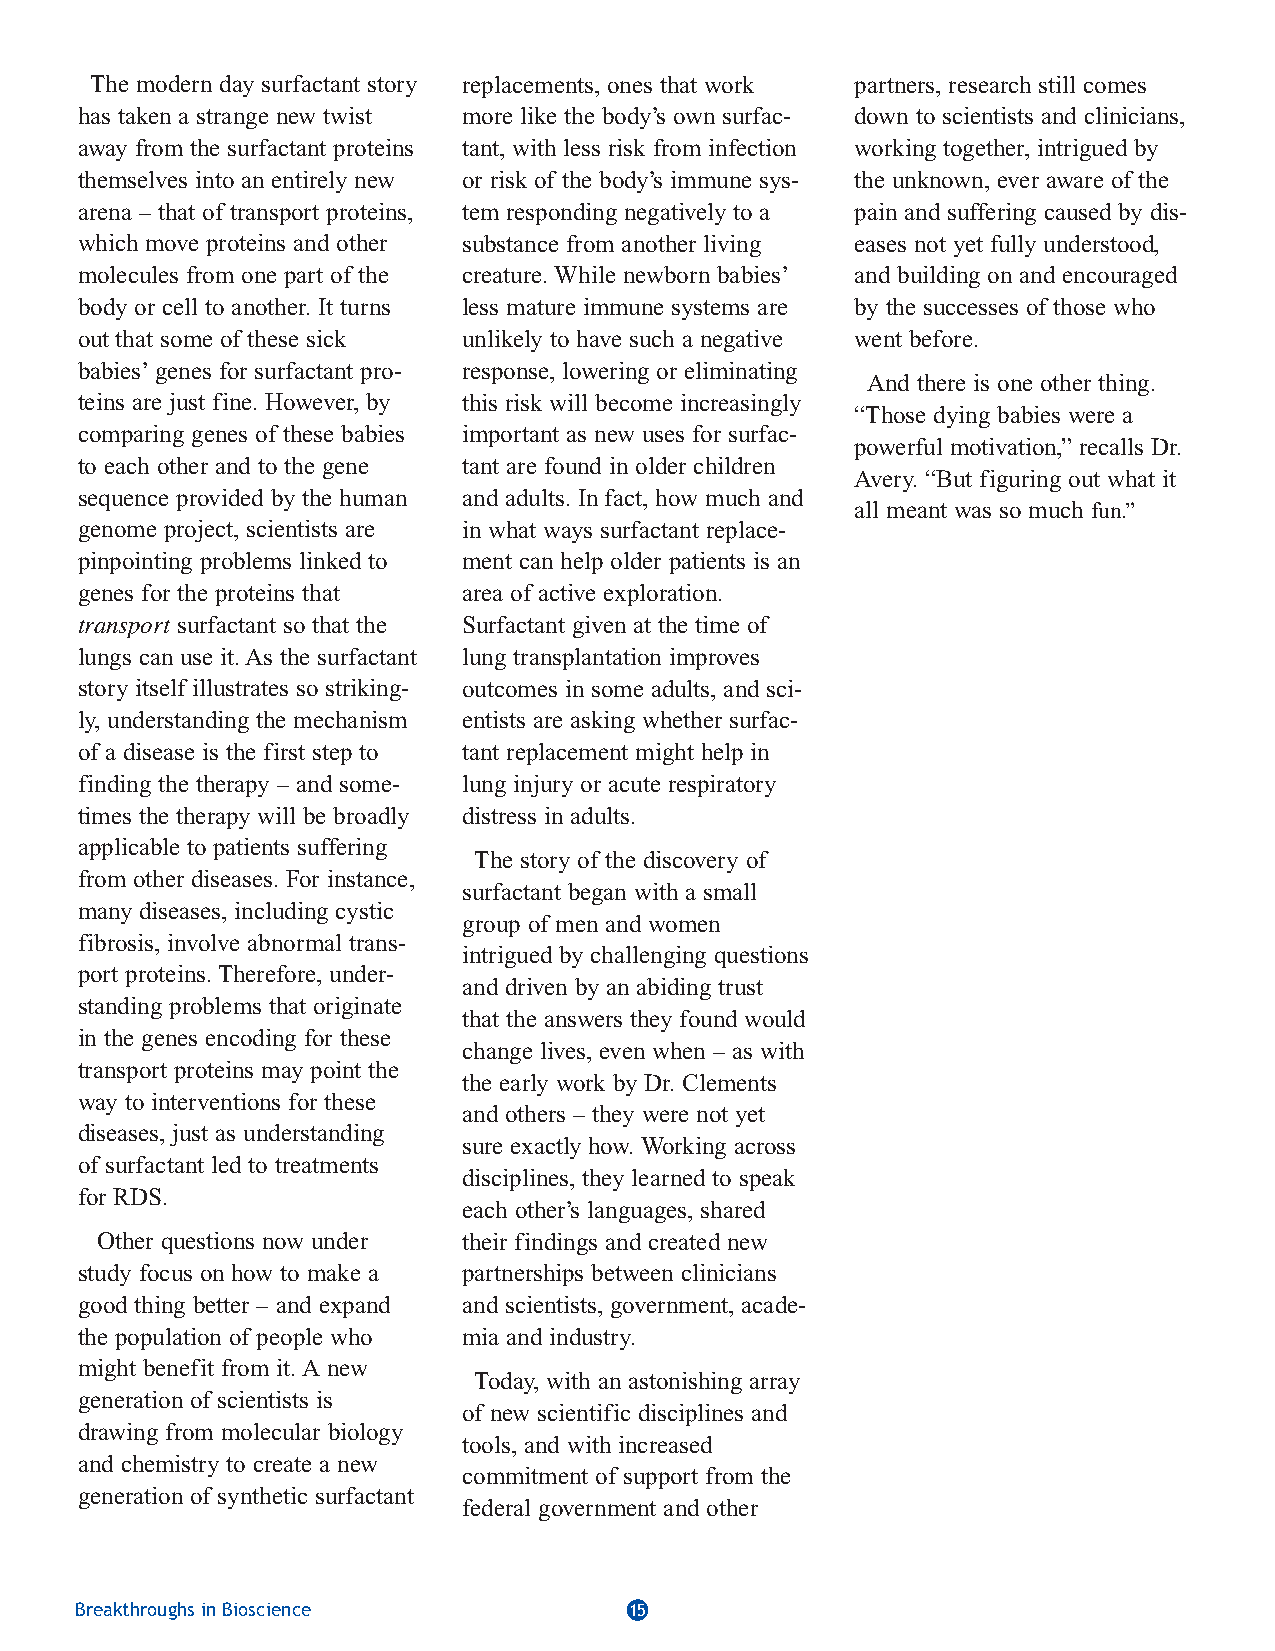
91296_FASEB 7/26/04 10:56 AM Page 15
 The modern day surfactant story replacements, ones that work partners, research still comes
 has taken a strange new twist more like the body’s own surfac- down to scientists and clinicians,
 away from the surfactant proteins tant, with less risk from infection working together, intrigued by
 themselves into an entirely new or risk of the body’s immune sys- the unknown, ever aware of the
 arena – that of transport proteins, tem responding negatively to a pain and suffering caused by dis-
 which move proteins and other substance from another living eases not yet fully understood,
 molecules from one part of the creature. While newborn babies’ and building on and encouraged
 body or cell to another. It turns less mature immune systems are by the successes of those who
 out that some of these sick unlikely to have such a negative went before.
 babies’genes for surfactant pro- response, lowering or eliminating
 And there is one other thing.
 teins are just fine. However, by this risk will become increasingly
 “Those dying babies were a
 comparing genes of these babies important as new uses for surfac-
 powerful motivation,” recalls Dr.
 to each other and to the gene tant are found in older children
 Avery. “But figuring out what it
 sequence provided by the human and adults. In fact, how much and
 all meant was so much fun.”
 genome project, scientists are in what ways surfactant replace-
 pinpointing problems linked to ment can help older patients is an
 genes for the proteins that area of active exploration.
 transport surfactant so that the Surfactant given at the time of
 lungs can use it. As the surfactant lung transplantation improves
 story itself illustrates so striking- outcomes in some adults, and sci-
 ly, understanding the mechanism entists are asking whether surfac-
 of a disease is the first step to tant replacement might help in
 finding the therapy – and some- lung injury or acute respiratory
 times the therapy will be broadly distress in adults.
 applicable to patients suffering
 The story of the discovery of
 from other diseases. For instance,
 surfactant began with a small
 many diseases, including cystic
 group of men and women
 fibrosis, involve abnormal trans-
 intrigued by challenging questions
 port proteins. Therefore, under-
 and driven by an abiding trust
 standing problems that originate
 that the answers they found would
 in the genes encoding for these
 change lives, even when – as with
 transport proteins may point the
 the early work by Dr. Clements
 way to interventions for these
 and others – they were not yet
 diseases, just as understanding
 sure exactly how. Working across
 of surfactant led to treatments
 disciplines, they learned to speak
 for RDS.
 each other’s languages, shared
 Other questions now under their findings and created new
 study focus on how to make a partnerships between clinicians
 good thing better – and expand and scientists, government, acade-
 the population of people who mia and industry.
 might benefit from it. A new
 Today, with an astonishing array
 generation of scientists is
 of new scientific disciplines and
 drawing from molecular biology
 tools, and with increased
 and chemistry to create a new
 commitment of support from the
 generation of synthetic surfactant
 federal government and other
 Breakthroughs in Bioscience          15